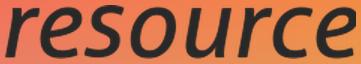
resource